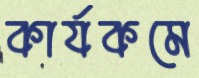
কার্যকমে